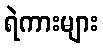
ရဲကားများ